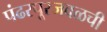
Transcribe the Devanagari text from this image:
पंढरपूरजवळची